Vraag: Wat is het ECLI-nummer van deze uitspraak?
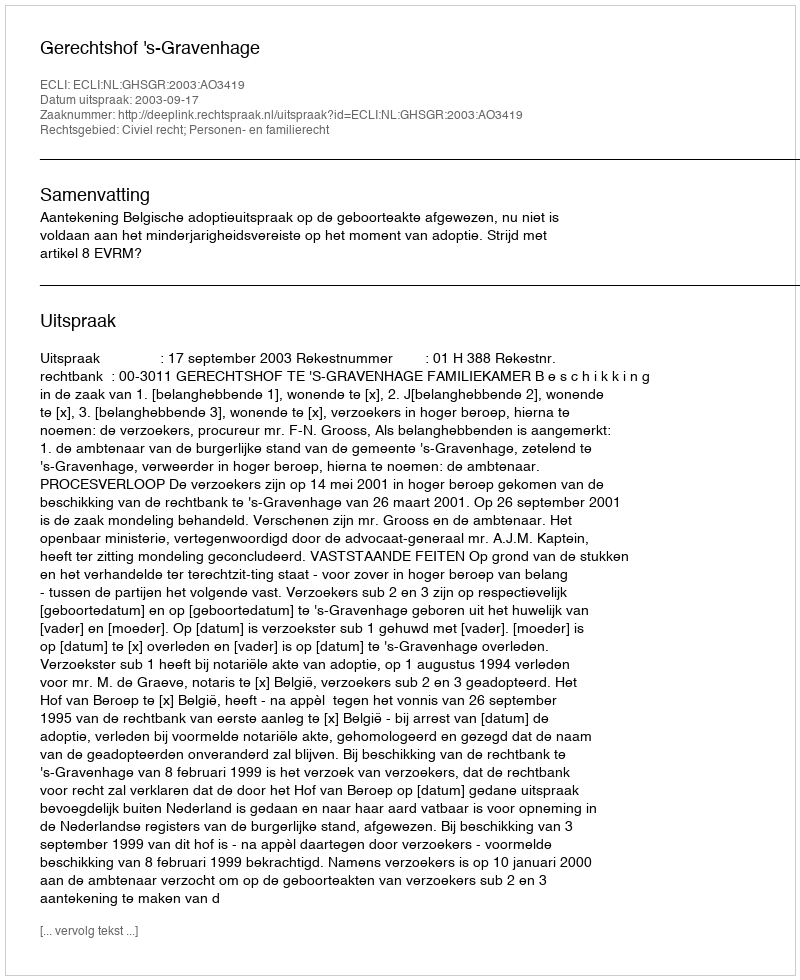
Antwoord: ECLI:NL:GHSGR:2003:AO3419